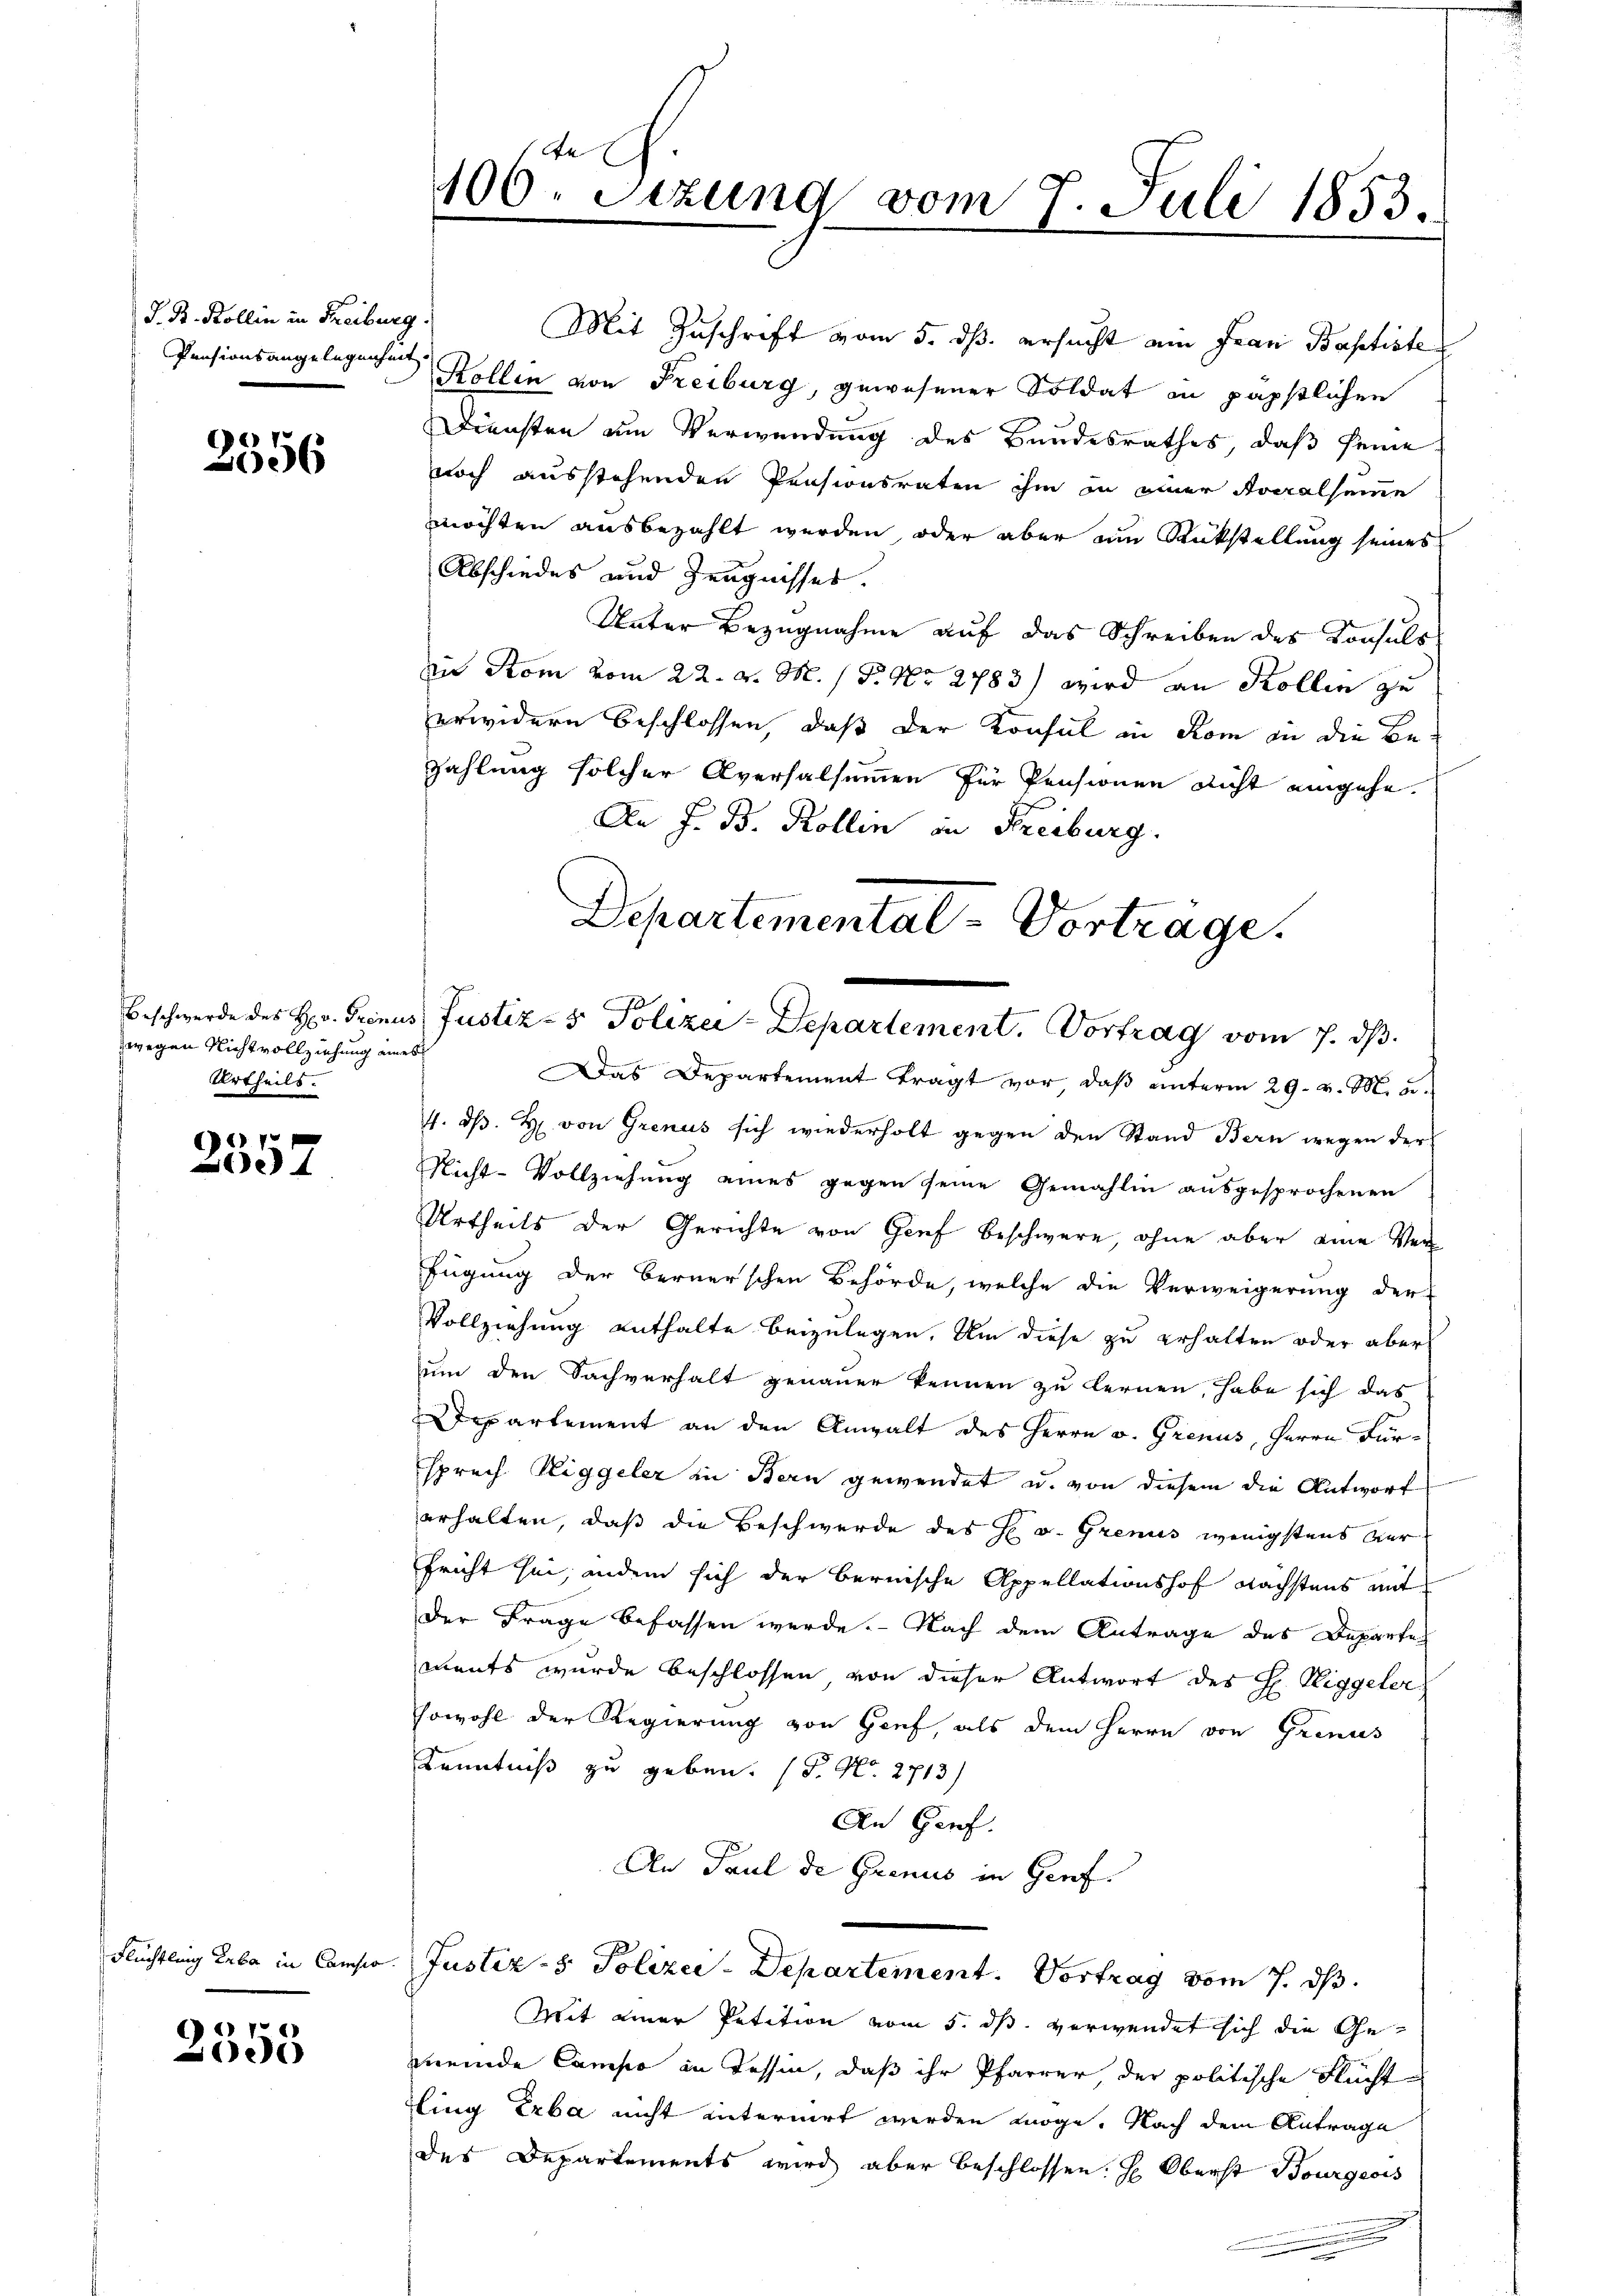
J. B. Kollin in Freiburg.
Pensionsangelegenheit

3556

zwegen Nichtvollziehung eines
Urtheils.

7
e

2355

Flüchtlung Erbe in Camis

106. Sezung vom 7. Juli 1853.
1

Mit Zuschrift vom 5. dß ersucht ein Frau Baptiste
Zollin von Freiburg, gewesener Soldat in päpstlichen
Diensten um Verwendung des Bundesrathes, daß seine
noch ausstehenden Pensionsraten ihm in einer Socralsumme
möchten ausbezahlt werden, oder aber um Rückstellung seines
Abschiedes und Zeugnisses.
Unter Bezugnahme auf das Schreiben des Konsuls
in Rom vom 22. d. M. / P. Nr. 2783) wird an Kollen zu
erwidern beschlossen, daß der Konsul in Rom in die Be¬
Zahlung solcher Aversalsummen für Pensionen nicht eingehe.
An J. B. Kollin in Freiburg.

Departemental-Vortrage.
Beschwerde des Hr. Grinus Justiz- & Polizei-Departement. Vortrag vom 7. ds.

Das Departement trägt vor, daß unterm 29. v. M. u.
4. ds. H. von Grenus sich wiederholt gegen den Stand Bern wegen der
Nicht-Vollziehung eines gegen seine Gemahlin ausgesprochenen
Urtheils der Gerichte von Genf beschwere, ohne aber eine Verfügung der Bernerschen Behörde, welche die Verweigerung der
Vollziehung enthalte beizulegen. Um diese zu erhalten oder aber
um den Sachverhalt genauer kennen zu lernen, habe sich das
partement an den Anwalt des Herrn v. Grenus, Herrn Fürsprech Niggeler in Bern gewendet u. von diesem die Antwort
erhalten, daß die Beschwerde des H. v. Grenis wenigstens Verfricht sei, andern sich der bernische Appellationshof Nächstens mit
Der Frage befassen werde. Nach dem Antrage des Departe
ments wurde beschlossen von dieser Antwort des H. Riggeler
sowohl der Regierung von Genf, als dem Herrn von Grinus
Kenntniß zu geben. (T. N. 2713)
An Genf.
An Paul de Grenis in Genf.
Justiz- & Polizei-Departement. Vortrag vom 7. ds.
Mit einer Petition vom 5. dß. verwendet sich die Gemeinde Campo in Tessin, daß ihr Pfarrer, der politische Flucht
ling Erba nicht internirt werden möge. Nach dem Antrage
des Departements wird aber beschlossen. H. Oberst Bourgeois

n